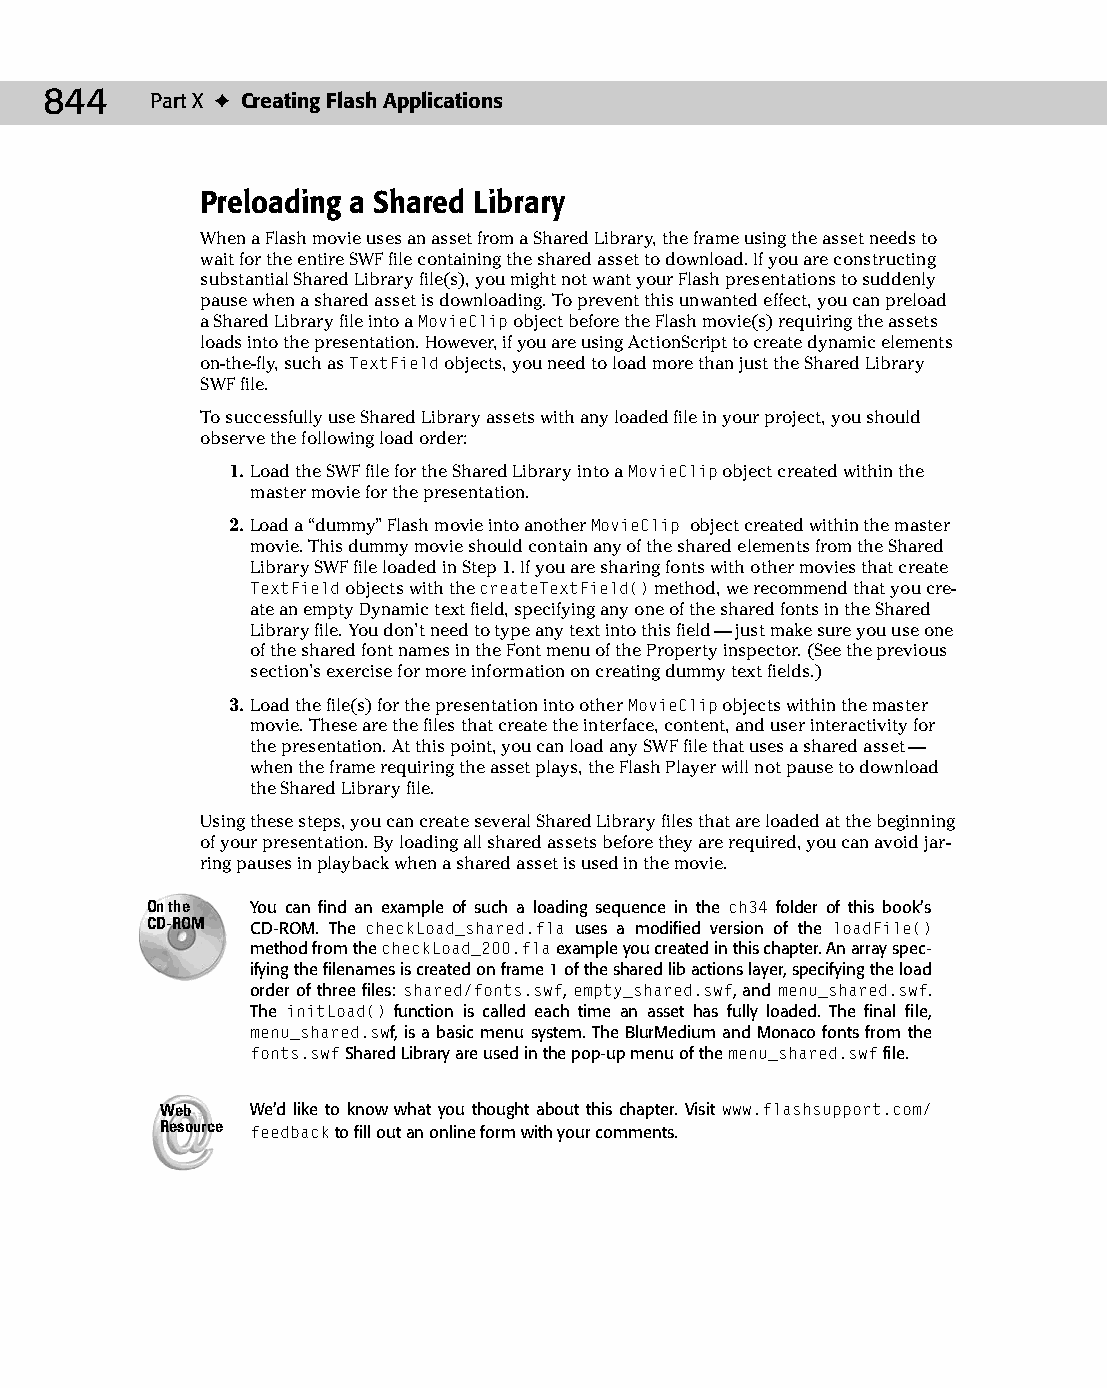
45 543547 ch34.qxd 3/24/04 4:15 PM Page 844
 844    Part X ✦ Creating Flash Applications
 Preloading a Shared Library
 When a Flash movie uses an asset from a Shared Library, the frame using the asset needs to
 wait for the entire SWF file containing the shared asset to download. If you are constructing
 substantial Shared Library file(s), you might not want your Flash presentations to suddenly
 pause when a shared asset is downloading. To prevent this unwanted effect, you can preload
 a Shared Library file into a MovieClip object before the Flash movie(s) requiring the assets
 loads into the presentation. However, if you are using ActionScript to create dynamic elements
 on-the-fly, such as TextField objects, you need to load more than just the Shared Library
 SWF file.
 To successfully use Shared Library assets with any loaded file in your project, you should
 observe the following load order:
 1. Load the SWF file for the Shared Library into a MovieClip object created within the
 master movie for the presentation.
 2. Load a “dummy” Flash movie into another MovieClip object created within the master
 movie. This dummy movie should contain any of the shared elements from the Shared
 Library SWF file loaded in Step 1. If you are sharing fonts with other movies that create
 TextField objects with the createTextField() method, we recommend that you cre­
 ate an empty Dynamic text field, specifying any one of the shared fonts in the Shared
 Library file. You don’t need to type any text into this field — just make sure you use one
 of the shared font names in the Font menu of the Property inspector. (See the previous
 section’s exercise for more information on creating dummy text fields.)
 3. Load the file(s) for the presentation into other MovieClip objects within the master
 movie. These are the files that create the interface, content, and user interactivity for
 the presentation. At this point, you can load any SWF file that uses a shared asset —
 when the frame requiring the asset plays, the Flash Player will not pause to download
 the Shared Library file.
 Using these steps, you can create several Shared Library files that are loaded at the beginning
 of your presentation. By loading all shared assets before they are required, you can avoid jar­
 ring pauses in playback when a shared asset is used in the movie.
 On the You can find an example of such a loading sequence in the ch34 folder of this book’s
 CD-ROM CD-ROM. The checkLoad_shared.fla uses a modified version of the loadFile()
 method from the checkLoad_200.fla example you created in this chapter. An array spec­
 ifying the filenames is created on frame 1 of the shared lib actions layer, specifying the load
 order of three files: shared/fonts.swf, empty_shared.swf, and menu_shared.swf.
 The initLoad() function is called each time an asset has fully loaded. The final file,
 menu_shared.swf, is a basic menu system. The BlurMedium and Monaco fonts from the
 fonts.swf Shared Library are used in the pop-up menu of the menu_shared.swf file.
 Web   We’d like to know what you thought about this chapter. Visit www.flashsupport.com/
 Resource feedback to fill out an online form with your comments.